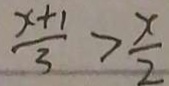
\frac { x + 1 } { 3 } > \frac { x } { 2 }